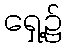
ရှေ့၌